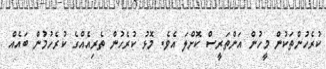
ކުރެހުންތަކުން މީހުން އަންތަރީސް ކޮށްލަ އެވެ. މޮޅު ކުރެހުން ތެރިއެއްގެ ކުރެހުމުން ބައެއް